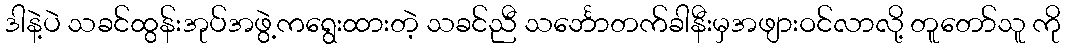
ဒါနဲ့ပဲ သခင်ထွန်းအုပ်အဖွဲ့ကရွေးထားတဲ့ သခင်ညီ သင်္ဘောတက်ခါနီးမှအဖျားဝင်လာလို့ တူတော်သူ ကို